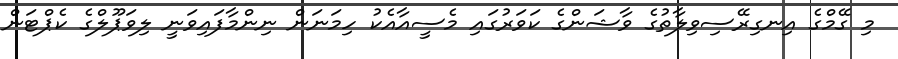
މި ގޭމްގެ އިނގިރޭސިވިލާތުގެ ވާޝަންގެ ކަވަރުގައި މެސީއާއެކު ހިމަނަން ނިންމާފައިވަނީ ލިވަޕޫލްގެ ކެޕްޓަން